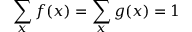
\sum _ { x } f ( x ) = \sum _ { x } g ( x ) = 1